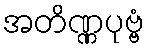
အတိဏ္ဏပုဗ္ဗံ